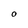
Character: O